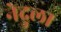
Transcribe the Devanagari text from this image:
नेदुला